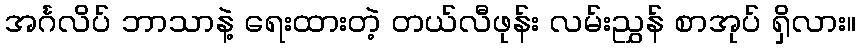
အင်္ဂလိပ် ဘာသာနဲ့ ရေးထားတဲ့ တယ်လီဖုန်း လမ်းညွှန် စာအုပ် ရှိလား။